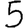
Digit: 5